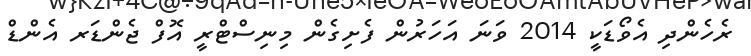
ރެހެންދި އެވޯޑަކީ 2014 ވަނަ އަހަރުން ފެށިގެން މިނިސްޓްރީ އޮފް ޖެންޑަރ އެންޑް